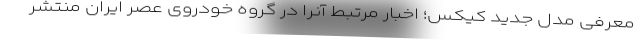
معرفی مدل جدید کیکس؛ اخبار مرتبط آنرا در گروه خودروی عصر ایران منتشر